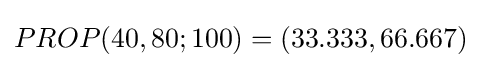
PROP(40,80;100)=(33.333,66.667)